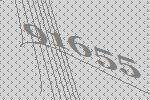
91655